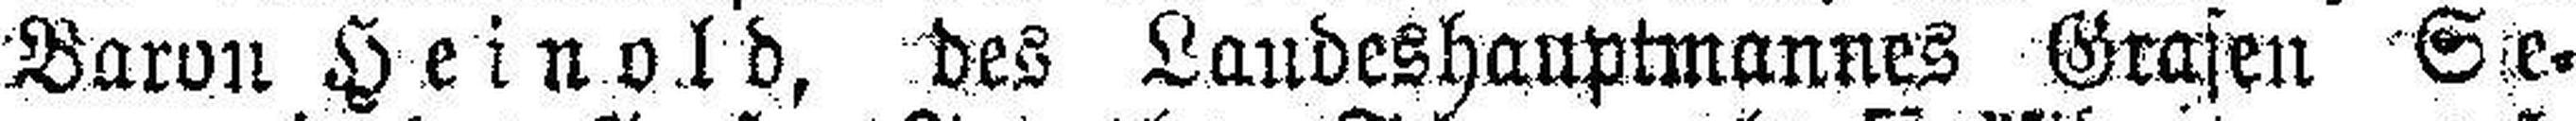
Baron Heinold, des Landeshauptmannes Grasen S###e¬